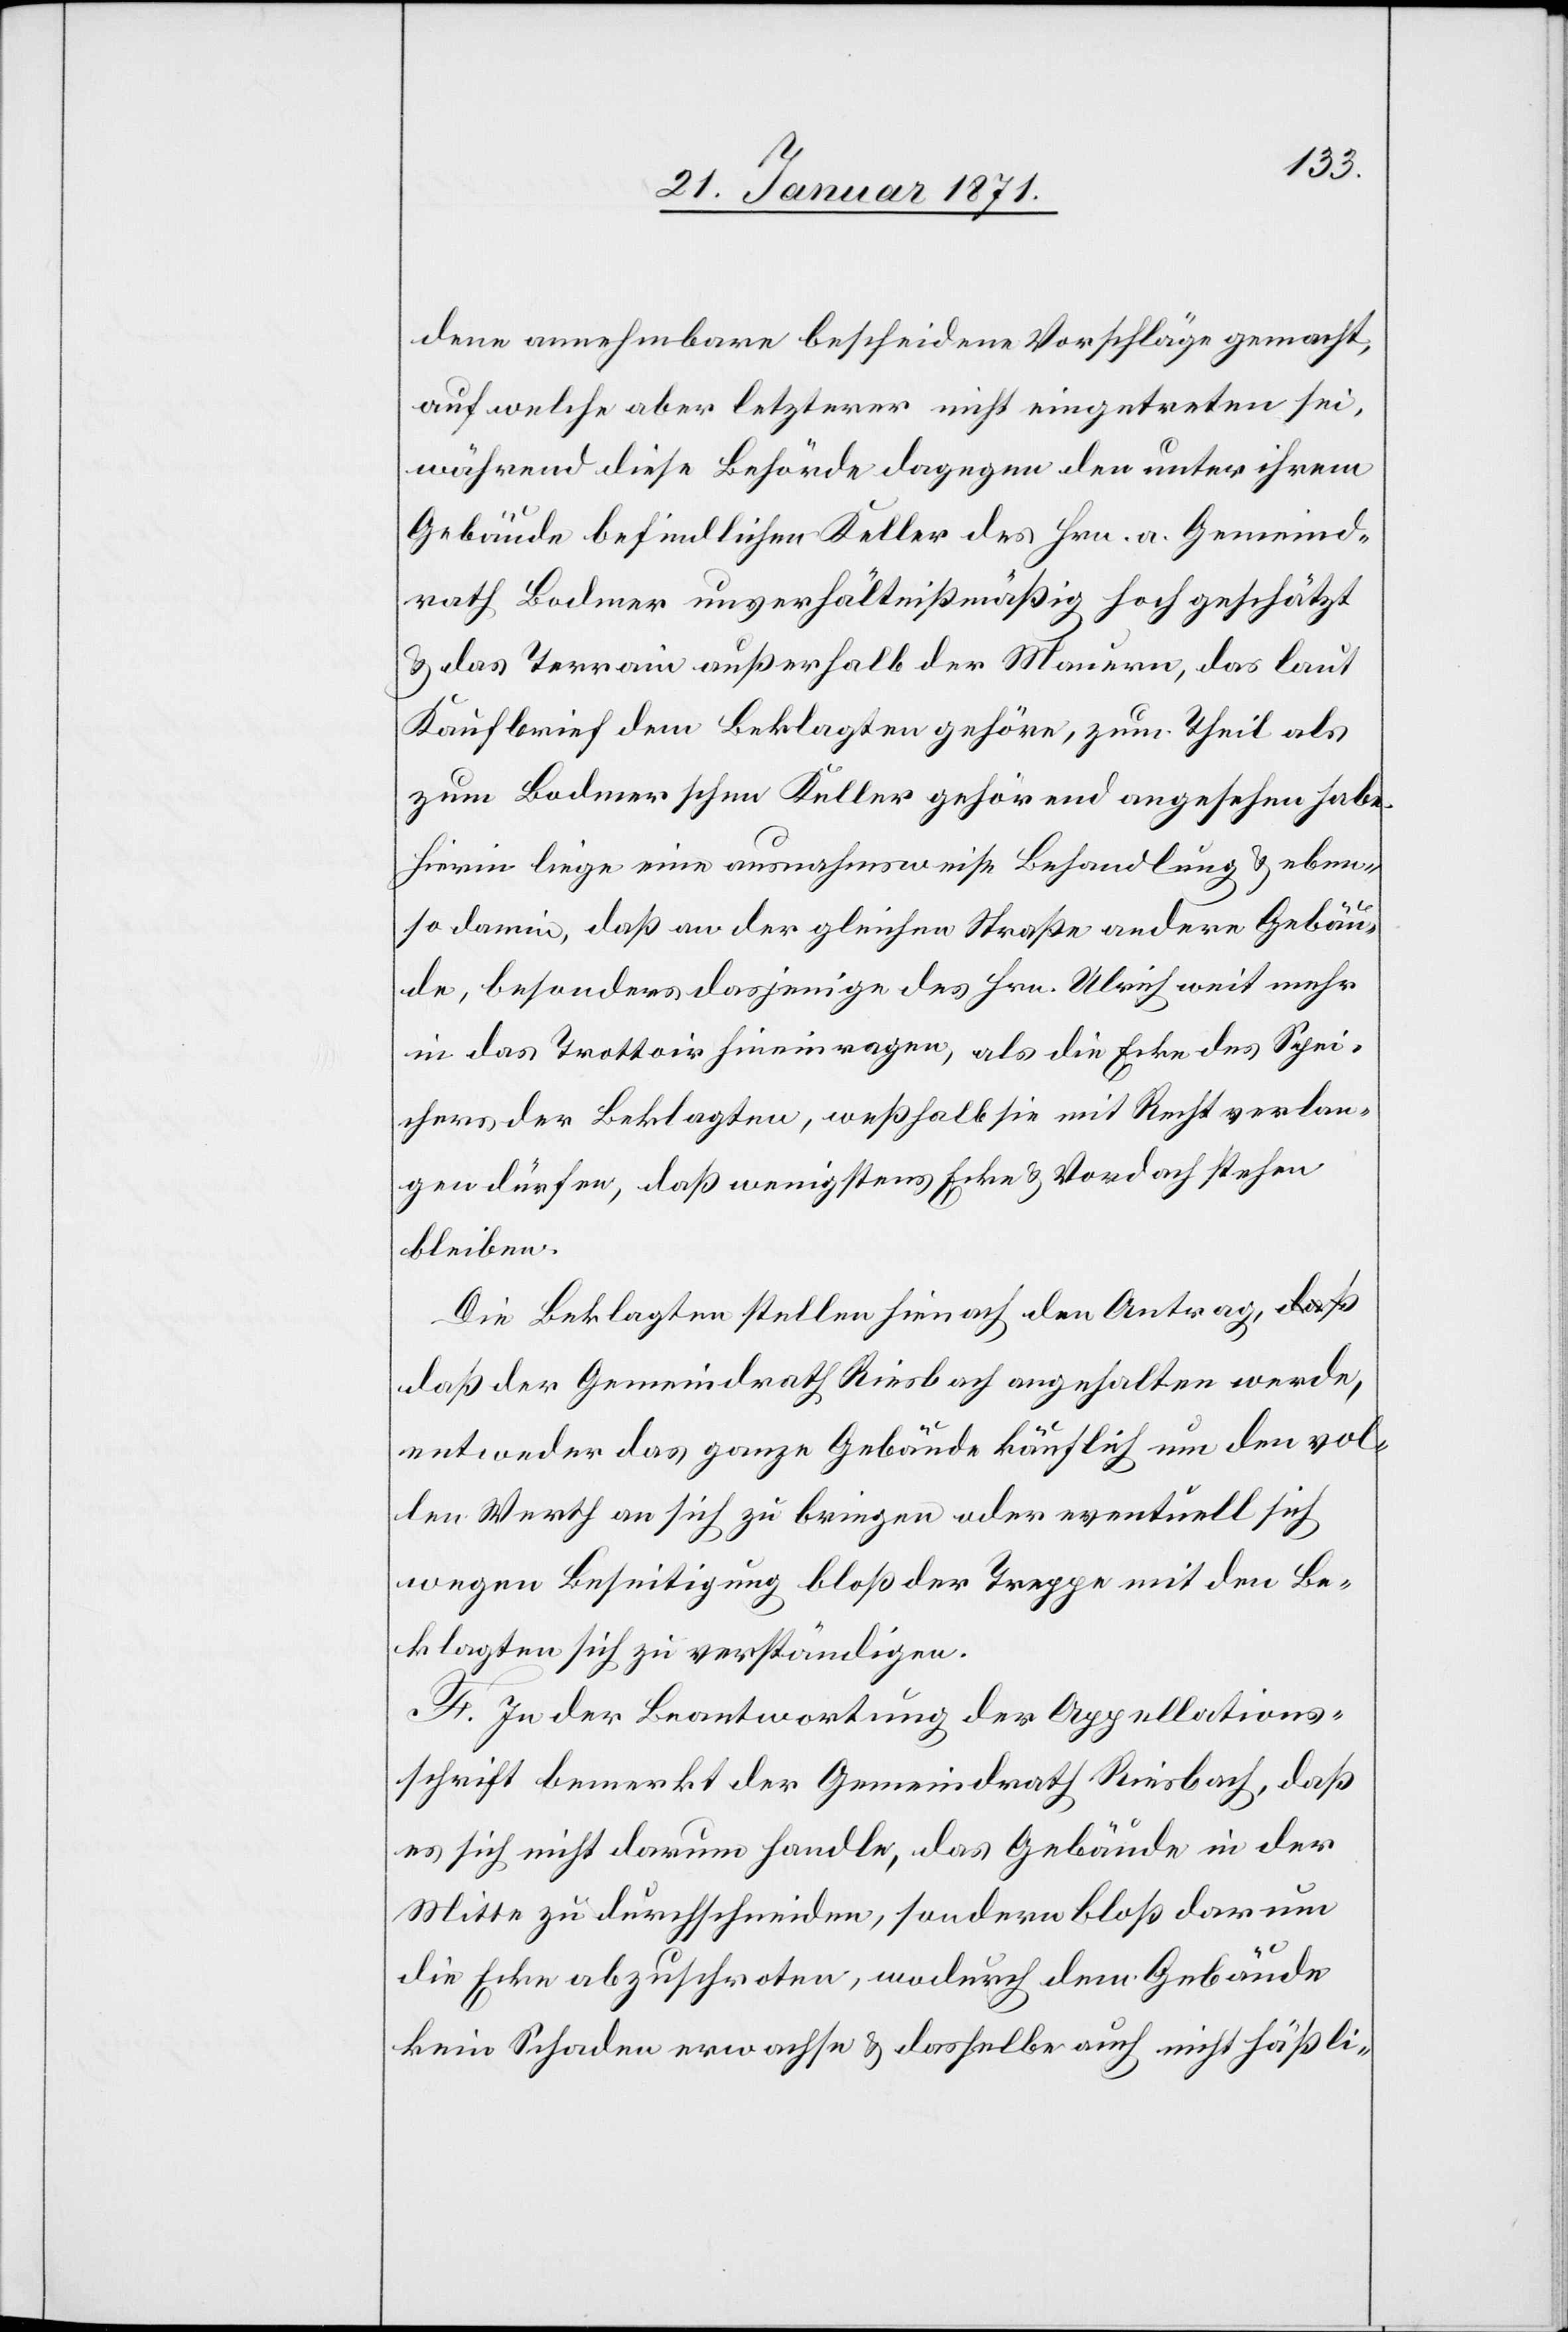
dene annehmbare bescheidene Vorschläge gemacht,
auf welche aber letzerer nicht eingetreten sei,
während diese Behörde dagegen den unter ihrem
Gebäude befindlichen Keller des Hrn. a. Gemeind¬
rath Bodmer unverhältnißmäßig hoch geschätzt
u. das Terrain außerhalb der Mauern, das laut
Kaufbrief dem Beklagten gehöre, zum Theil als
zum Bodmerschen Keller gehörend angesehen habe.
Hierin liege eine ausnahmsweise Behandlung u. eben¬
so darin, daß an der gleichen Straße andere Gebäu¬
de, besonders dasjenige des Hrn. Ulrich weit mehr
in das Trottoir hinein ragen, als die Ecke des Spei¬
chers der Beklagten, weßhalb sie mit Recht verlan¬
gen dürfen, daß wenigstens Ecke u. Vordach stehen
bleiben.
Die Beklagten stellen hienach den Antrag, d¬
aß der Gemeindrath Riesbach angehalten werde,
entweder das ganze Gebäude käuflich um den vol¬
len Werth an sich zu bringen oder eventuell sich
wegen Beseitigung bloß der Treppe mit den Be¬
klagten sich zu verständigen.
F. In der Beantwortung der Appellations¬
schrift bemerkt der Gemeindrath Riesbach, daß
es sich nicht darum handle, das Gebäude in der
Mitte zu durchschneiden, sondern bloß darum
die Ecke abzuschroten, wodurch dem Gebäude
kein Schaden erwachse u. dasselbe auch nicht häßli-